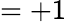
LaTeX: =+1